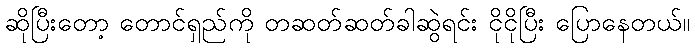
ဆိုပြီးတော့ တောင်ရှည်ကို တဆတ်ဆတ်ခါဆွဲရင်း ငိုငိုပြီး ပြောနေတယ်။